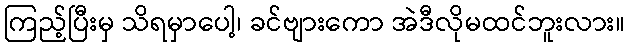
ကြည့်ပြီးမှ သိရမှာပေါ့၊ ခင်ဗျားကော အဲဒီလိုမထင်ဘူးလား။